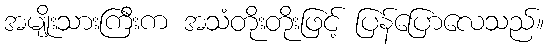
အမျိုးသားကြီးက အသံတိုးတိုးဖြင့် ပြန်ပြောလေသည်။